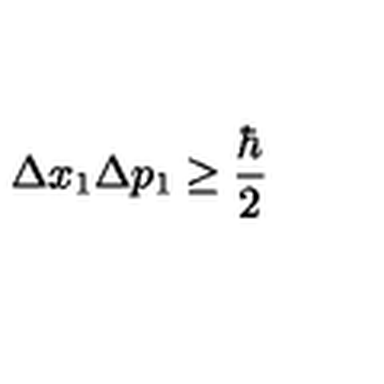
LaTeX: \Delta x _ { 1 } \Delta p _ { 1 } \geq \frac { \hbar } { 2 }